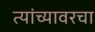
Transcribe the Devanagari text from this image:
त्यांच्यावरचा